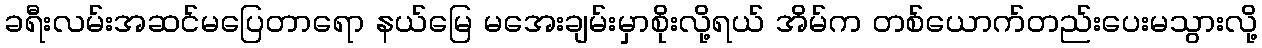
ခရီးလမ်းအဆင်မပြေတာရော နယ်မြေ မအေးချမ်းမှာစိုးလို့ရယ် အိမ်က တစ်ယောက်တည်းပေးမသွားလို့